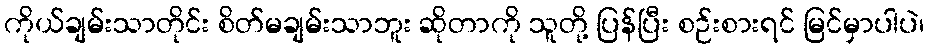
ကိုယ်ချမ်းသာတိုင်း စိတ်မချမ်းသာဘူး ဆိုတာကို သူတို့ ပြန်ပြီး စဉ်းစားရင် မြင်မှာပါပဲ၊